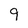
Character: 9